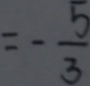
= - \frac { 5 } { 3 }